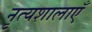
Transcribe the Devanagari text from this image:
नृत्यशालाएँ